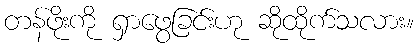
တန်ဖိုးကို ရှာဖွေခြင်းဟု ဆိုထိုက်သလား။